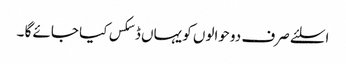
اسلئے صرف دو حوالوں کو یہاں ڈسکس کیا جائے گا ۔